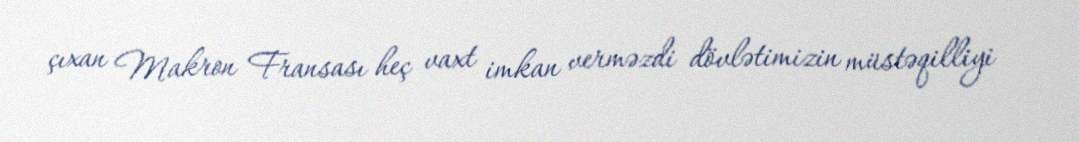
çıxan Makron Fransası heç vaxt imkan verməzdi dövlətimizin müstəqilliyi